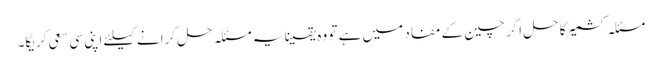
مسئلہ کشمیر کا حل اگر چین کے مفاد میں ہے تو وہ یقیناً یہ مسئلہ حل کرانے کیلئے اپنی سی سعی کریگا۔